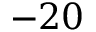
- 2 0